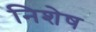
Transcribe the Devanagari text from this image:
निशेष